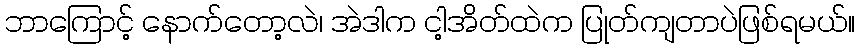
ဘာကြောင့် နောက်တော့လဲ၊ အဲဒါက ငါ့အိတ်ထဲက ပြုတ်ကျတာပဲဖြစ်ရမယ်။